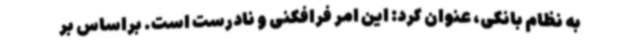
به نظام بانکی، عنوان کرد: این امر فرافکنی و نادرست است. براساس بر